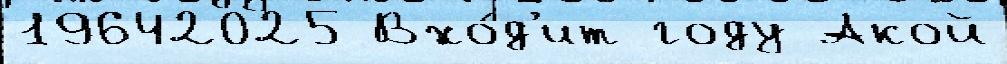
19642025 Вхо́д'ит году Акой